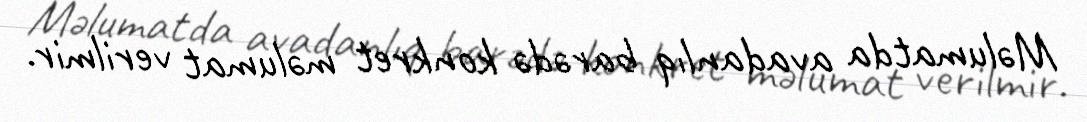
Məlumatda avadanlıq barədə konkret məlumat verilmir.